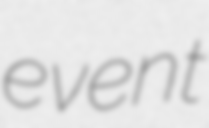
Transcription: event